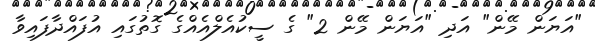
"އަޔަން މޭން" އަދި "އަޔަން މޭން 2" ގެ ސީކުއެލްއެއްގެ ގޮތުގައި އުފައްދާފައިވާ